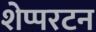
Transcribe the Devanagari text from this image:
शेप्परटन